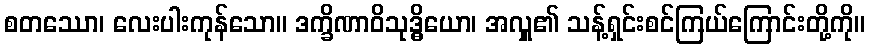
စတဿော၊ လေးပါးကုန်သော။ ဒက္ခိဏာဝိသုဒ္ဓိယော၊ အလှူ၏ သန့်ရှင်းစင်ကြယ်ကြောင်းတို့ကို။